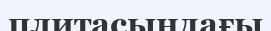
плитасындағы